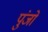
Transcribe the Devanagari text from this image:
पुंजो